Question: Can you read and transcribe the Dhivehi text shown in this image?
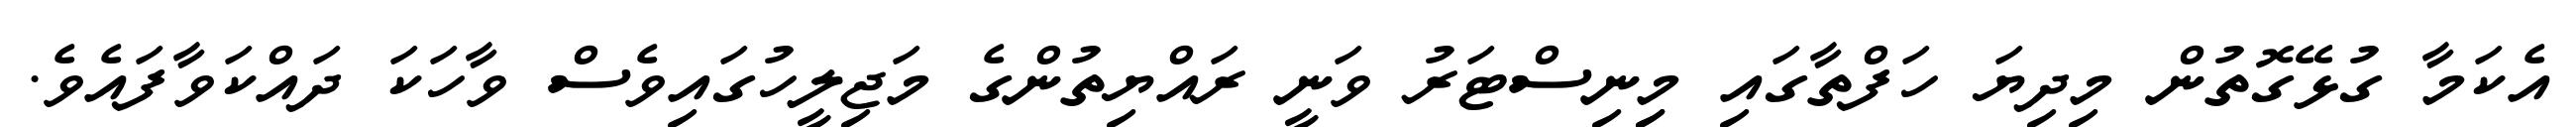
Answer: އެކަމާ ގުޅޭގޮތުން މިދިޔަ ހަފްތާގައި މިިނިސްޓަރު ވަނީ ރައްޔިތުންގެ މަޖިލީހުގައިވެސް ވާހަކަ ދައްކަވާފައެވެ.